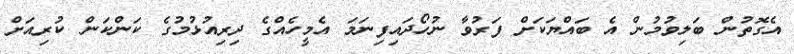
އެގޮތުން ބަލިވުމުން އެ ބައްޔަކަށް ފަރުވާ ނުހޯދައިފިނަމަ އެމީހެއްގެ ދިރިއުޅުމުގެ ކަންކަން ކުރިއަށް